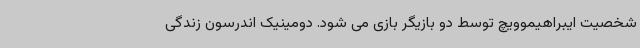
شخصیت ایبراهیموویچ توسط دو بازیگر بازی می شود. دومینیک اندرسون زندگی